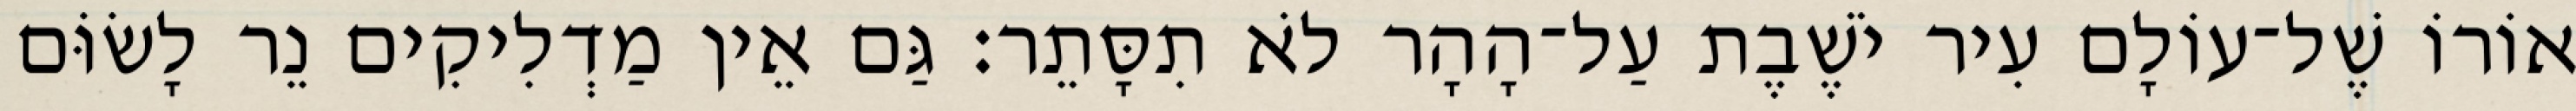
אוֹרוֹ שֶׁל־עוֹלָם עִיר יֹשֶׁבֶת עַל־הָהָר לֹא תִסָּתֵר׃ גַּם אֵין מַדְלִיקִים נֵר לָשׂוֹּם